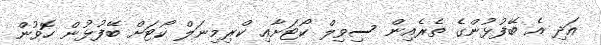
އަދި އެ ބޭފުޅުންގެ ތެރެއިން ސިވިލް ކޯޓަށާއި ކްރިމިނަލް ކޯޓަށް ބޭފުޅުން ހޮވުން